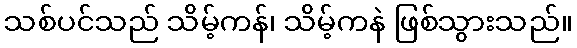
သစ်ပင်သည် သိမ့်ကန်၊ သိမ့်ကနဲ ဖြစ်သွားသည်။